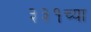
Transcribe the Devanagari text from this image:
३३१च्या